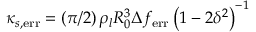
\kappa _ { s , \mathrm { e r r } } = \left( \pi / 2 \right) \rho _ { l } R _ { 0 } ^ { 3 } \Delta f _ { \mathrm { e r r } } \left( 1 - 2 \delta ^ { 2 } \right) ^ { - 1 }